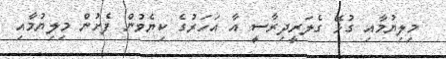
މިލިޔުމާއި ގުޅޭ ގެލަރީދިރާސީ އާ އަހަރުގެ ކިޔެވުން ފެށުން މިލިޔުމާއި